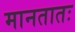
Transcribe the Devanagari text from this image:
मानतातः